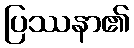
ပြဿနာ၏